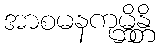
အာစမနကုမ္ဘိန္တိ